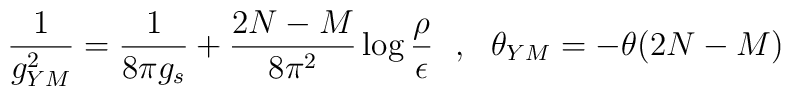
\frac{1}{g_{YM}^{2}} = \frac{1}{8 \pi g_s} + \frac{2N-M}{8 \pi^2} \log\frac{\rho}{\epsilon}~~,~~\theta_{YM} =- \theta (2N-M)